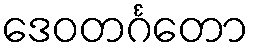
ဒေဝတင်္ဂတော